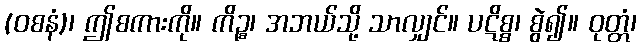
(ဝစနံ)၊ ဤစကားကို။ ကိဉ္စ၊ အဘယ်သို့ သာလျှင်။ ပဋိစ္စ၊ စွဲ၍။ ဝုတ္တံ၊